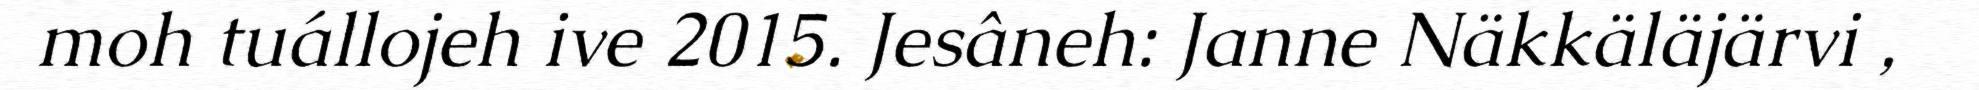
moh tuállojeh ive 2015. Jesâneh: Janne Näkkäläjärvi ,